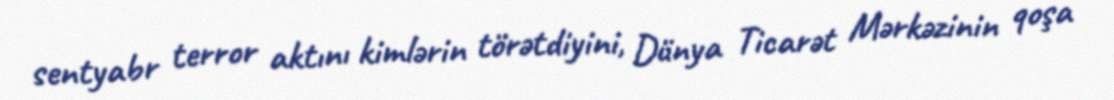
sentyabr terror aktını kimlərin törətdiyini, Dünya Ticarət Mərkəzinin qoşa